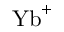
{ \mathrm { Y b } } ^ { + }